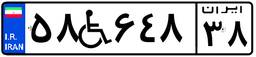
۸۵W۸۱۵۱۱